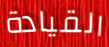
القيادة